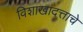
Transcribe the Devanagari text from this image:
विशाखादत्ताचे